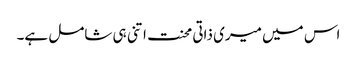
اس میں میری ذاتی محنت اتنی ہی شامل ہے۔